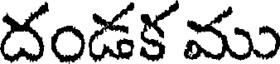
దండక ము